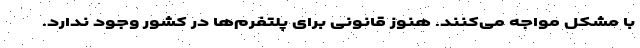
با مشکل مواجه می‌کنند. هنوز قانونی برای پلتفرم‌ها در کشور وجود ندارد.